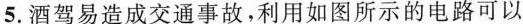
5.酒驾易造成交通事故，利用如图所示的电路可以